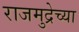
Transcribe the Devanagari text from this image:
राजमुद्रेच्या